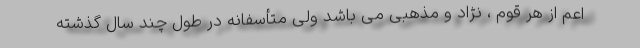
اعم از هر قوم ، نژاد و مذهبی می باشد ولی متأسفانه در طول چند سال گذشته